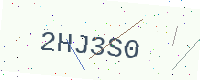
Text: 2HJ3S0